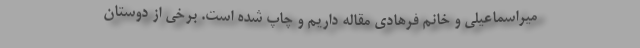
میراسماعیلی و خانم فرهادی مقاله داریم و چاپ شده است. برخی از دوستان